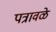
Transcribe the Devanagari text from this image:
पत्रावळे